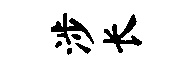
涉长